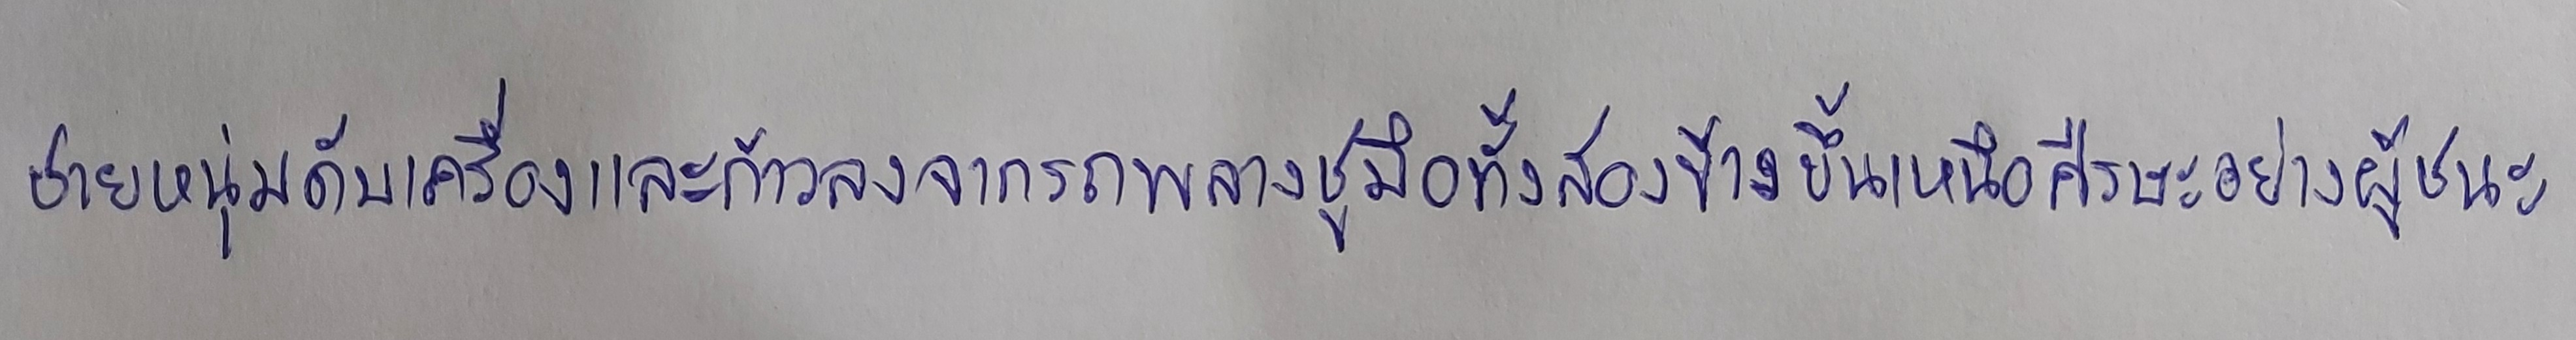
ชายหนุ่มดับเครื่องและก้าวลงจากรถพลางชูมือทั้งสองข้างขึ้นเหนือศีรษะอย่างผู้ชนะ